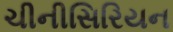
ચીનીસિરિયન